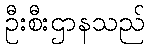
ဦးစီးဌာနသည်